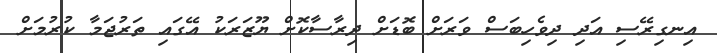
އިނގިރޭސި އަދި ދިވެހިބަސް ވަރަށް ބޮޑަށް ދިރާސާކޮށް ޔޫޒަރަކު އޭގައި ތަރުޖަމާ ކުރުމަށް